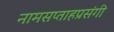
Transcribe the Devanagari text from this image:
नामसप्ताहप्रसंगी